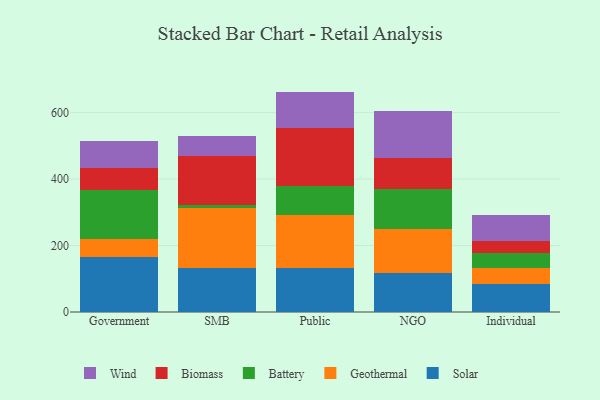
{"axis": {"x": "Segment", "y": "Revenue (USD Million)"}, "legend": ["Battery", "Biomass", "Geothermal", "Solar", "Wind"], "data": [{"x": "Government", "y": 166.5, "type": "Solar"}, {"x": "Government", "y": 54.2, "type": "Geothermal"}, {"x": "Government", "y": 146.9, "type": "Battery"}, {"x": "Government", "y": 65.1, "type": "Biomass"}, {"x": "Government", "y": 81.8, "type": "Wind"}, {"x": "SMB", "y": 133.0, "type": "Solar"}, {"x": "SMB", "y": 179.4, "type": "Geothermal"}, {"x": "SMB", "y": 10.4, "type": "Battery"}, {"x": "SMB", "y": 147.3, "type": "Biomass"}, {"x": "SMB", "y": 59.3, "type": "Wind"}, {"x": "Public", "y": 131.1, "type": "Solar"}, {"x": "Public", "y": 159.7, "type": "Geothermal"}, {"x": "Public", "y": 88.3, "type": "Battery"}, {"x": "Public", "y": 173.6, "type": "Biomass"}, {"x": "Public", "y": 110.5, "type": "Wind"}, {"x": "NGO", "y": 117.0, "type": "Solar"}, {"x": "NGO", "y": 132.0, "type": "Geothermal"}, {"x": "NGO", "y": 121.4, "type": "Battery"}, {"x": "NGO", "y": 93.5, "type": "Biomass"}, {"x": "NGO", "y": 141.1, "type": "Wind"}, {"x": "Individual", "y": 84.9, "type": "Solar"}, {"x": "Individual", "y": 46.6, "type": "Geothermal"}, {"x": "Individual", "y": 46.8, "type": "Battery"}, {"x": "Individual", "y": 36.8, "type": "Biomass"}, {"x": "Individual", "y": 76.3, "type": "Wind"}]}